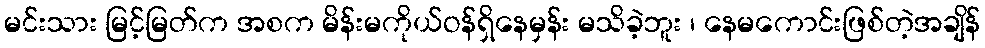
မင်းသား မြင့်မြတ်က အစက မိန်းမကိုယ်ဝန်ရှိနေမှန်း မသိခဲ့ဘူး ၊ နေမကောင်းဖြစ်တဲ့အချိန်